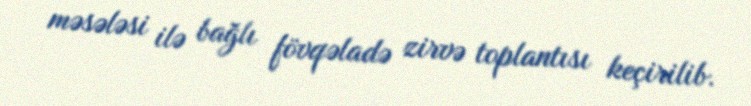
məsələsi ilə bağlı fövqəladə zirvə toplantısı keçirilib.